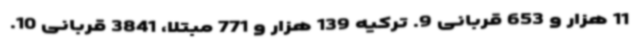
11 هزار و 653 قربانی 9. ترکیه 139 هزار و 771 مبتلا، 3841 قربانی 10.